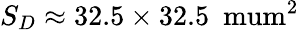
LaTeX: S_{D}\approx 32.5\times 32.5~\mathrm{{\ mum}^{2}}